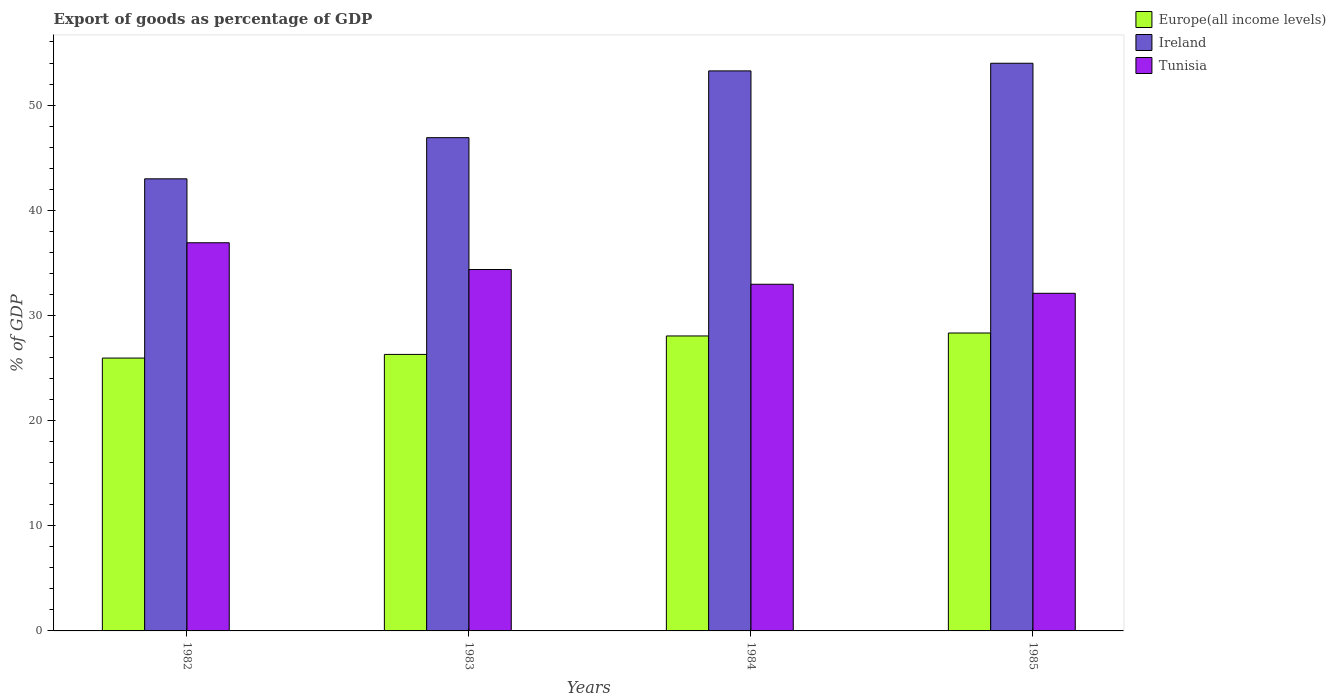
| Years | Europe(all income levels) | Ireland | Tunisia |
 | --- | --- | --- | --- |
 | 1982 | 25.9 | 43 | 36.9 |
 | 1983 | 26.3 | 46.9 | 34.4 |
 | 1984 | 28 | 53.3 | 33 |
 | 1985 | 28.3 | 54 | 32.1 |